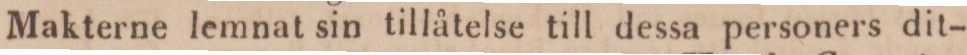
Makterne lemnat sin tillåtelse till dessa personers dit-